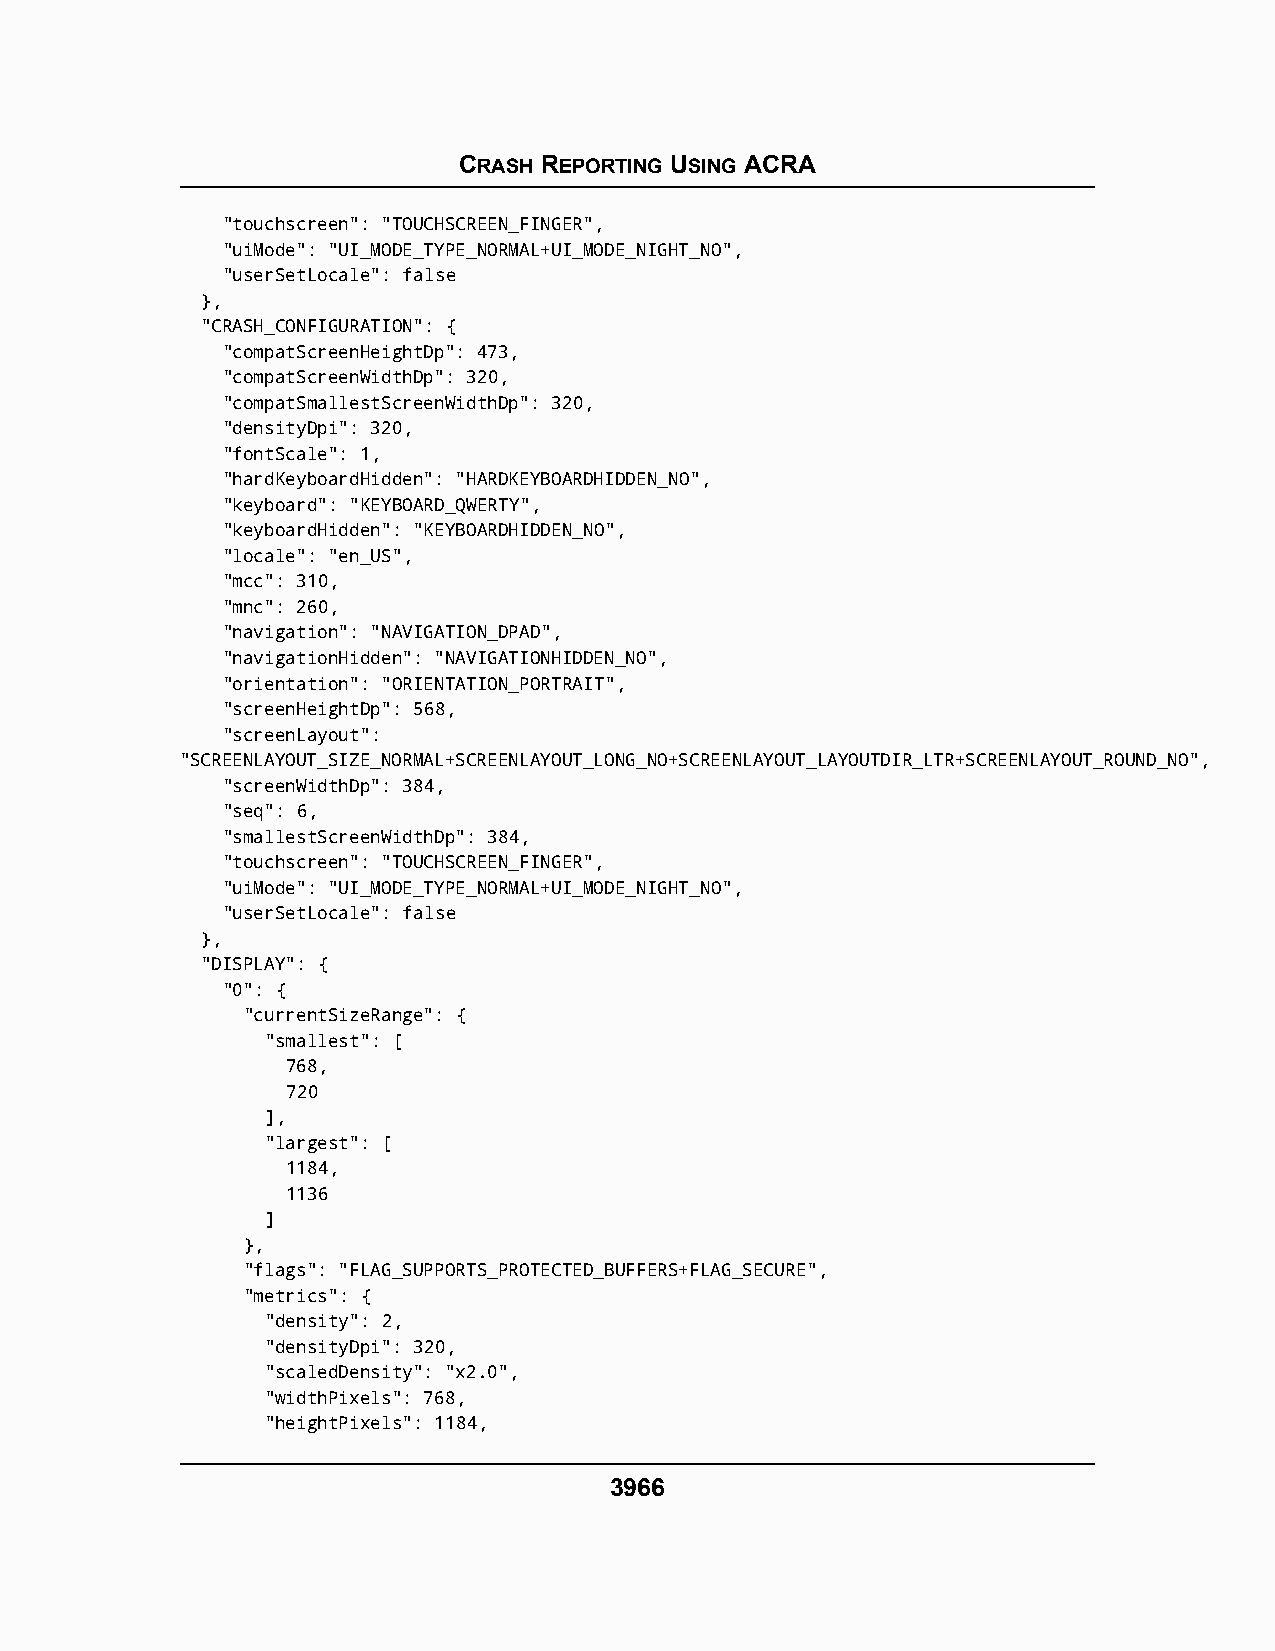
CRASH REPORTING USING ACRA
 "touchscreen": "TOUCHSCREEN_FINGER",
 "uiMode": "UI_MODE_TYPE_NORMAL+UI_MODE_NIGHT_NO",
 "userSetLocale": false
 },
 "CRASH_CONFIGURATION": {
 "compatScreenHeightDp": 473,
 "compatScreenWidthDp": 320,
 "compatSmallestScreenWidthDp": 320,
 "densityDpi": 320,
 "fontScale": 1,
 "hardKeyboardHidden": "HARDKEYBOARDHIDDEN_NO",
 "keyboard": "KEYBOARD_QWERTY",
 "keyboardHidden": "KEYBOARDHIDDEN_NO",
 "locale": "en_US",
 "mcc": 310,
 "mnc": 260,
 "navigation": "NAVIGATION_DPAD",
 "navigationHidden": "NAVIGATIONHIDDEN_NO",
 "orientation": "ORIENTATION_PORTRAIT",
 "screenHeightDp": 568,
 "screenLayout":
 "SCREENLAYOUT_SIZE_NORMAL+SCREENLAYOUT_LONG_NO+SCREENLAYOUT_LAYOUTDIR_LTR+SCREENLAYOUT_ROUND_NO",
 "screenWidthDp": 384,
 "seq": 6,
 "smallestScreenWidthDp": 384,
 "touchscreen": "TOUCHSCREEN_FINGER",
 "uiMode": "UI_MODE_TYPE_NORMAL+UI_MODE_NIGHT_NO",
 "userSetLocale": false
 },
 "DISPLAY": {
 "0": {
 "currentSizeRange": {
 "smallest": [
 768,
 720
 ],
 "largest": [
 1184,
 1136
 ]
 },
 "flags": "FLAG_SUPPORTS_PROTECTED_BUFFERS+FLAG_SECURE",
 "metrics": {
 "density": 2,
 "densityDpi": 320,
 "scaledDensity": "x2.0",
 "widthPixels": 768,
 "heightPixels": 1184,
 3966